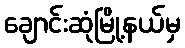
ချောင်းဆုံမြို့နယ်မှ